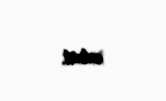
edirdi.